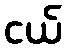
ငယ်